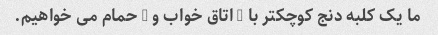
ما یک کلبه دنج کوچکتر با 2 اتاق خواب و 1 حمام می خواهیم.